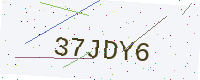
Text: 37JDY6